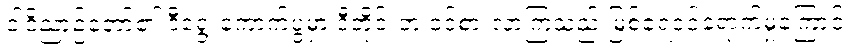
ငါ့ဝိညာဉ်တော်၏ ဒီရွေးကောက်ပွဲမှာ ဒီတိုင်းဘဲ ဝင်စားလာကြသည် မြစ်ရေဝင်ရောက်မှုကြောင့်